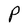
Character: P